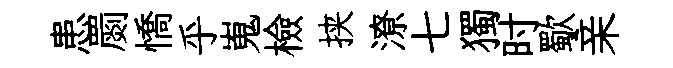
患罽憍乎嵬檢挟潦七獨时歜亲